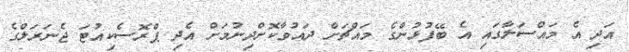
އަދި އެ މައްސަލާގައި އެ ބޭފުޅުންގެ މައްޗަށް ދައުވާކޮށްދިނުމަށް އެދި ޕްރޮސެކިއުޓަ ޖެނަރަލްގެ